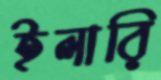
ইলারি